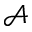
\mathcal { A }